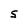
Character: S